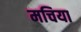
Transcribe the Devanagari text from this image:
मचिया